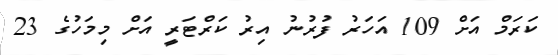
ކަރަމް އަށް 109 އަހަރު ފުރުނު އިރު ކަރްޓަރީ އަށް މިމަހުގެ 23